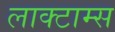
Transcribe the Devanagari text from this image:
लाक्टाम्स